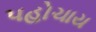
પહોચાય